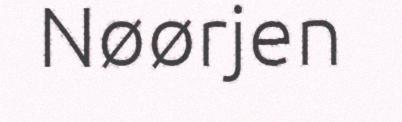
Nøørjen